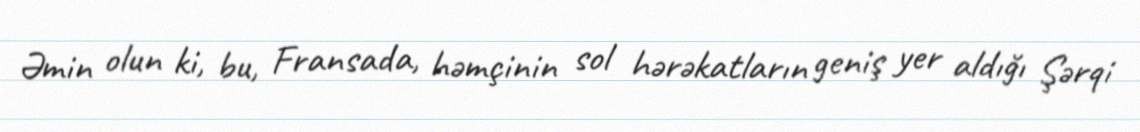
Əmin olun ki, bu, Fransada, həmçinin sol hərəkatların geniş yer aldığı Şərqi